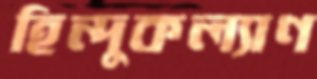
হিন্দুকল্যাণ